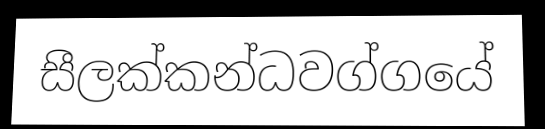
සීලක්කන්ධවග්ගයේ